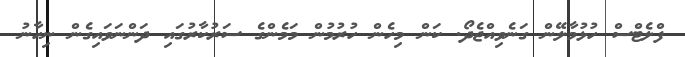
ފްލެޓްސް ހުޅުމާލޭން ގަނެވިއްޖެދޯ. ކަން މިހެން ހުރުމުން މަމެންގެ ސަރުކާރުގައި ދަންނަވައިގެން ނިހާނު